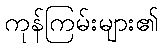
ကုန်ကြမ်းများ၏